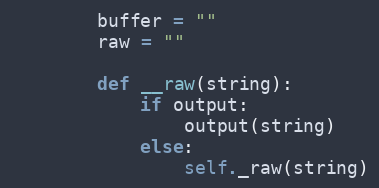
Language: Python
        buffer = ""
        raw = ""

        def __raw(string):
            if output:
                output(string)
            else:
                self._raw(string)